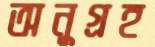
অনুগ্রহ